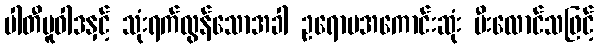
ပါတီမူဝါဒနှင့် သုံးရက်လွန်သောအခါ ဥရောပအကောင်းဆုံး မီးလောင်သဖြင့်